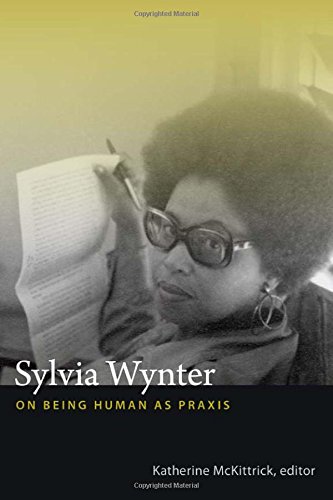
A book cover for Sylvia Wynter: On Being Human as Praxis; Politics & Social Sciences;